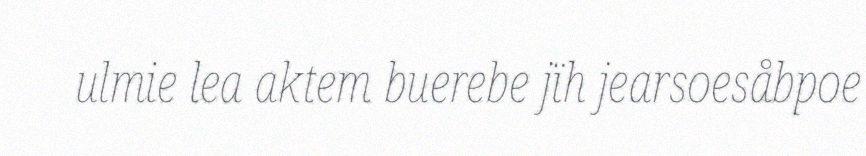
ulmie lea aktem buerebe jïh jearsoesåbpoe